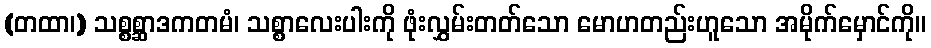
(တထာ၊) သစ္စစ္ဆာဒကတမံ၊ သစ္စာလေးပါးကို ဖုံးလွှမ်းတတ်သော မောဟတည်းဟူသော အမိုက်မှောင်ကို။